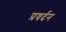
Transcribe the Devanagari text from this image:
प्रवर्दन